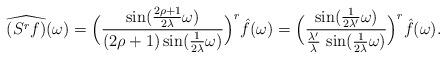
LaTeX: \begin{align*}\widehat{(S^r{f})}(\omega) = \Big(\frac{\sin(\frac{2\rho+1}{2\lambda}\omega)}{(2\rho+1)\sin(\frac{1}{2\lambda}\omega)}\Big)^r \hat{f}(\omega)=\Big(\frac{\sin(\frac{1}{2\lambda'}\omega)}{\frac{\lambda'}{\lambda}\,\sin(\frac{1}{2\lambda}\omega)}\Big)^r \hat{f}(\omega).\end{align*}